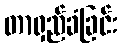
တာရှည်ခံခြင်း